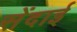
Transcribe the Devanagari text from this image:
सेंदाई